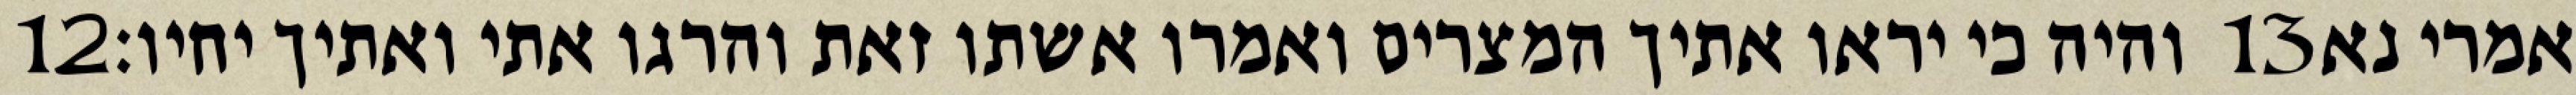
‎12‏ והיה כי יראו אתיך המצרים ואמרו אשתו זאת והרגו אתי ואתיך יחיו׃ ‎13‏ אמרי נא